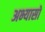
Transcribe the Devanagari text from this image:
अभ्यासो